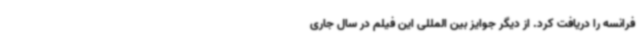
فرانسه را دریافت کرد. از دیگر جوایز بین المللی این فیلم در سال جاری